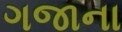
ગજાના